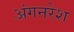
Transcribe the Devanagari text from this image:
अंगनरेश